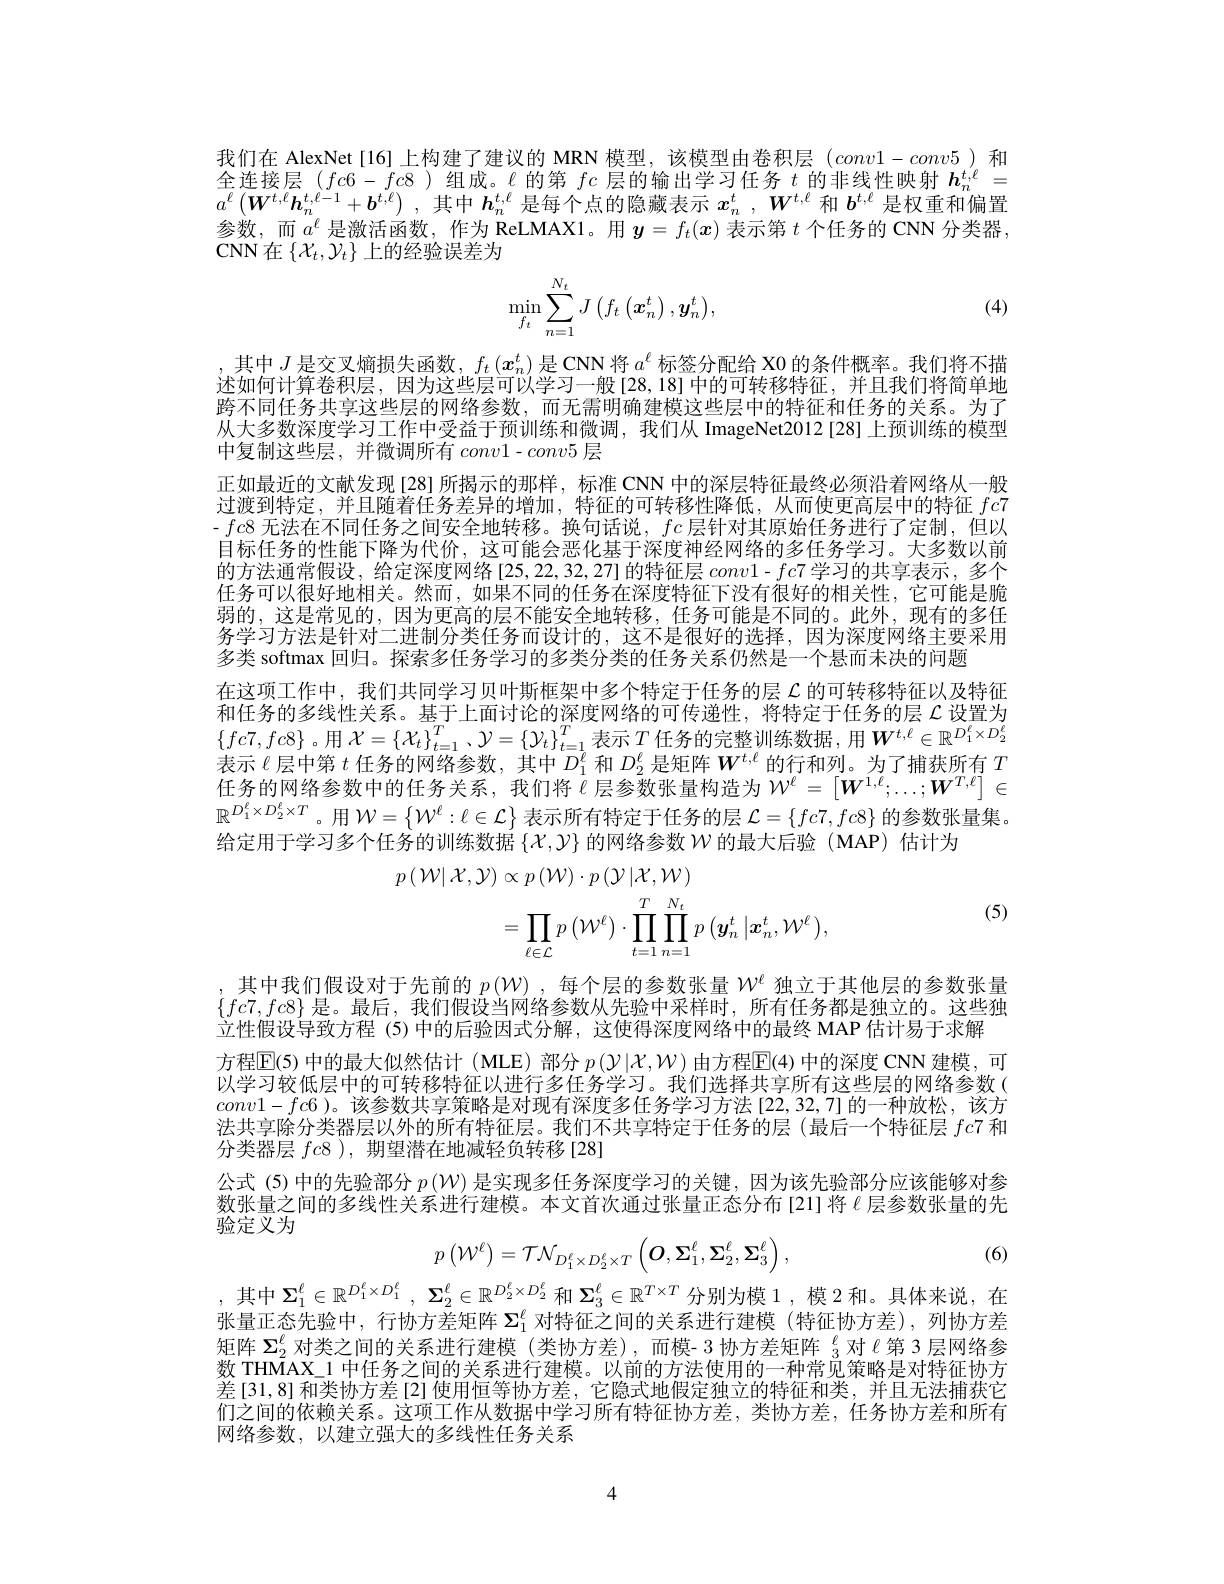
我们在 AlexNet [16] 上构建了建议的 MRN 模型，该模型由卷积层$(conv1-conv5)$和全连接层($fc6-fc8$)组成。$\ell$的第$fc$层的输出学习任务$t$的非线性映射$h_n^{t,\ell}=$

$a^\ell\left(\boldsymbol{W}^{t,\ell}\boldsymbol{h}_n^{t,\ell-1}+\boldsymbol{b}^{t,\ell}\right)$,其中$\boldsymbol h_n^t,\ell$是每个点的隐藏表示 $x_n^t,\boldsymbol W^{t,\ell}$ 和 $\boldsymbol b^t,\ell$ 是权重和偏置参数，而$a^\ell$是激活函数，作为 ReLMAX1。用$\boldsymbol{y}=f_t(\boldsymbol{x})$表示第$t$个任务的 CNN 分类器， $\operatorname{CNN}$在$\left\{\mathcal{X}_t,\mathcal{Y}_t\right\}$上的经验误差为

(4)
$$\min\limits_{f_t}\sum\limits_{n=1}^{N_t}J\begin{pmatrix}f_t\left(\boldsymbol{x}_n^t\right),\boldsymbol{y}_n^t\end{pmatrix},$$
,其中$J$是交叉熵损失函数，$f_t\left(x_n^t\right)$是 CNN 将$a^\ell$标签分配给 X0 的条件概率。我们将不描述如何计算卷积层，因为这些层可以学习一般[28,18]中的可转移特征，并且我们将简单地跨不同任务共享这些层的网络参数，而无需明确建模这些层中的特征和任务的关系。为了从大多数深度学习工作中受益于预训练和微调，我们从 ImageNet2012[28]上预训练的模型中复制这些层，并微调所有$conv1-conv5$层
正如最近的文献发现[28]所揭示的那样，标准 CNN 中的深层特征最终必须沿着网络从一般过渡到特定，并且随着任务差异的增加，特征的可转移性降低，从而使更高层中的特征$fc7$ -$fc8$ 无法在不同任务之间安全地转移。换句话说，$fc$层针对其原始任务进行了定制，但以目标任务的性能下降为代价，这可能会恶化基于深度神经网络的多任务学习。大多数以前的方法通常假设，给定深度网络[25,22,32,27]的特征层$conv1-fc7$学习的共享表示，多个任务可以很好地相关。然而，如果不同的任务在深度特征下没有很好的相关性，它可能是脆弱的，这是常见的，因为更高的层不能安全地转移，任务可能是不同的。此外，现有的多任务学习方法是针对二进制分类任务而设计的，这不是很好的选择，因为深度网络主要采用多类 softmax 回归。探索多任务学习的多类分类的任务关系仍然是一个悬而未决的问题
在这项工作中，我们共同学习贝叶斯框架中多个特定于任务的层$\mathcal{L}$的可转移特征以及特征和任务的多线性关系。基于上面讨论的深度网络的可传递性，将特定于任务的层$\mathcal{L}$设置为$\{fc7,fc8\}$。用$\mathcal{X}=\{\mathcal{X}_t\}_t=1^T,\mathcal{Y}=\{\mathcal{Y}_t\}_{t=1}^T$表示$T$任务的完整训练数据，用$W^t,\ell\in\mathbb{R}^{D_1^\ell\times D_2^\ell}$ 表示$\ell$层中第$t$任务的网络参数，其中$D_1^{\ell}$和$D_2^\ell$是矩阵$W^t,\ell$的行和列。为了捕获所有$T$ 任务的网络参数中的任务关系，我们将$\bar{\ell\text{层参数张量构造为}}\mathcal{W}^\ell=\begin{bmatrix}\boldsymbol{W}^{1,\ell};\ldots;\boldsymbol{W}^{T,\ell}\end{bmatrix}\in$ $\mathbb{R}^{D_1^\ell\times D_2^\ell\times T}$。用 $W=\left\{W^\ell:\ell\in\mathcal{L}\right\}$表示所有特定于任务的层$\mathcal{L}=\left\{fc7,fc8\right\}$的参数张量集。给定用于学习多个任务的训练数据$\{\mathcal{X},\mathcal{Y}\}$的网络参数$\mathcal{W}$的最大后验 (MAP) 估计为
$$\begin{aligned}p\left(\mathcal{W}|\mathcal{X},\mathcal{Y}\right)&\propto p\left(\mathcal{W}\right)\cdot p\left(\mathcal{Y}|\mathcal{X},\mathcal{W}\right)\\&=\prod_{\ell\in\mathcal{L}}p\left(\mathcal{W}^{\ell}\right)\cdot\prod_{t=1}^{T}\prod_{n=1}^{N_{t}}p\left(\boldsymbol{y}_{n}^{t}\left|\boldsymbol{x}_{n}^{t},\mathcal{W}^{\ell}\right.\right),\end{aligned}$$
(5)

其中我们假设对于先前的$p\left(\mathcal{W}\right)$,每个层的参数张量$W^\mathrm{\ell}$独立于其他层的参数张量$\{fc7,fc8\}$是。最后，我们假设当网络参数从先验中采样时，所有任务都是独立的。这些独立性假设导致方程 (5)中的后验因式分解，这使得深度网络中的最终 MAP 估计易于求解
方程$\mathbb{E}$(5)中的最大似然估计 (MLE)部分 $p\left(\mathcal{Y}|\mathcal{X},\mathcal{W}\right)$ 由方程$\mathbb{E}$(4)中的深度 CNN 建模，可以学习较低层中的可转移特征以进行多任务学习。我们选择共享所有这些层的网络参数( $conv1-fc6$ )。该参数共享策略是对现有深度多任务学习方法[22,32,7]的一种放松，该方法共享除分类器层以外的所有特征层。我们不共享特定于任务的层(最后一个特征层$fc$7 和分类器层$fc8$ ), 期望潜在地减轻负转移[28]
公式 (5) 中的先验部分$p\left(\mathcal{W}\right)$是实现多任务深度学习的关键，因为该先验部分应该能够对参数张量之间的多线性关系进行建模。本文首次通过张量正态分布 [21]将$\ell$层参数张量的先验定义为

(6)
$$p\left(\mathcal{W}^{\ell}\right)=\mathcal{TN}_{D_{1}^{\ell}\times D_{2}^{\ell}\times T}\left(\mathcal{O},\Sigma_{1}^{\ell},\Sigma_{2}^{\ell},\Sigma_{3}^{\ell}\right),$$
,其中$\Sigma _1^\ell \in \mathbb{R} ^{D_1^\ell \times D_1^\ell }$, $\Sigma _2^\ell \in \mathbb{R} ^{D_2^\ell \times D_2^\ell }$和$\Sigma_3^\ell\in\mathbb{R}^{T\times T}$分别为模 1, 模 2 和。具体来说，在

$\bar{\text{张量正态先验中，行协方差矩阵 }\Sigma_1^\ell\text{ 对特征之间的关系进行建模 }(\text{特征协方差),列协方差}}$ 矩阵$\Sigma_{2}^{\ell}$对类之间的关系进行建模 (类协方差),而模- 3 协方差矩阵$\frac\ell3$对$\ell$第 3 层网络参数 THMAX\_1 中任务之间的关系进行建模。以前的方法使用的一种常见策略是对特征协方差[31,8]和类协方差[2]使用恒等协方差，它隐式地假定独立的特征和类，并且无法捕获它们之间的依赖关系。这项工作从数据中学习所有特征协方差，类协方差，任务协方差和所有网络参数，以建立强大的多线性任务关系

4